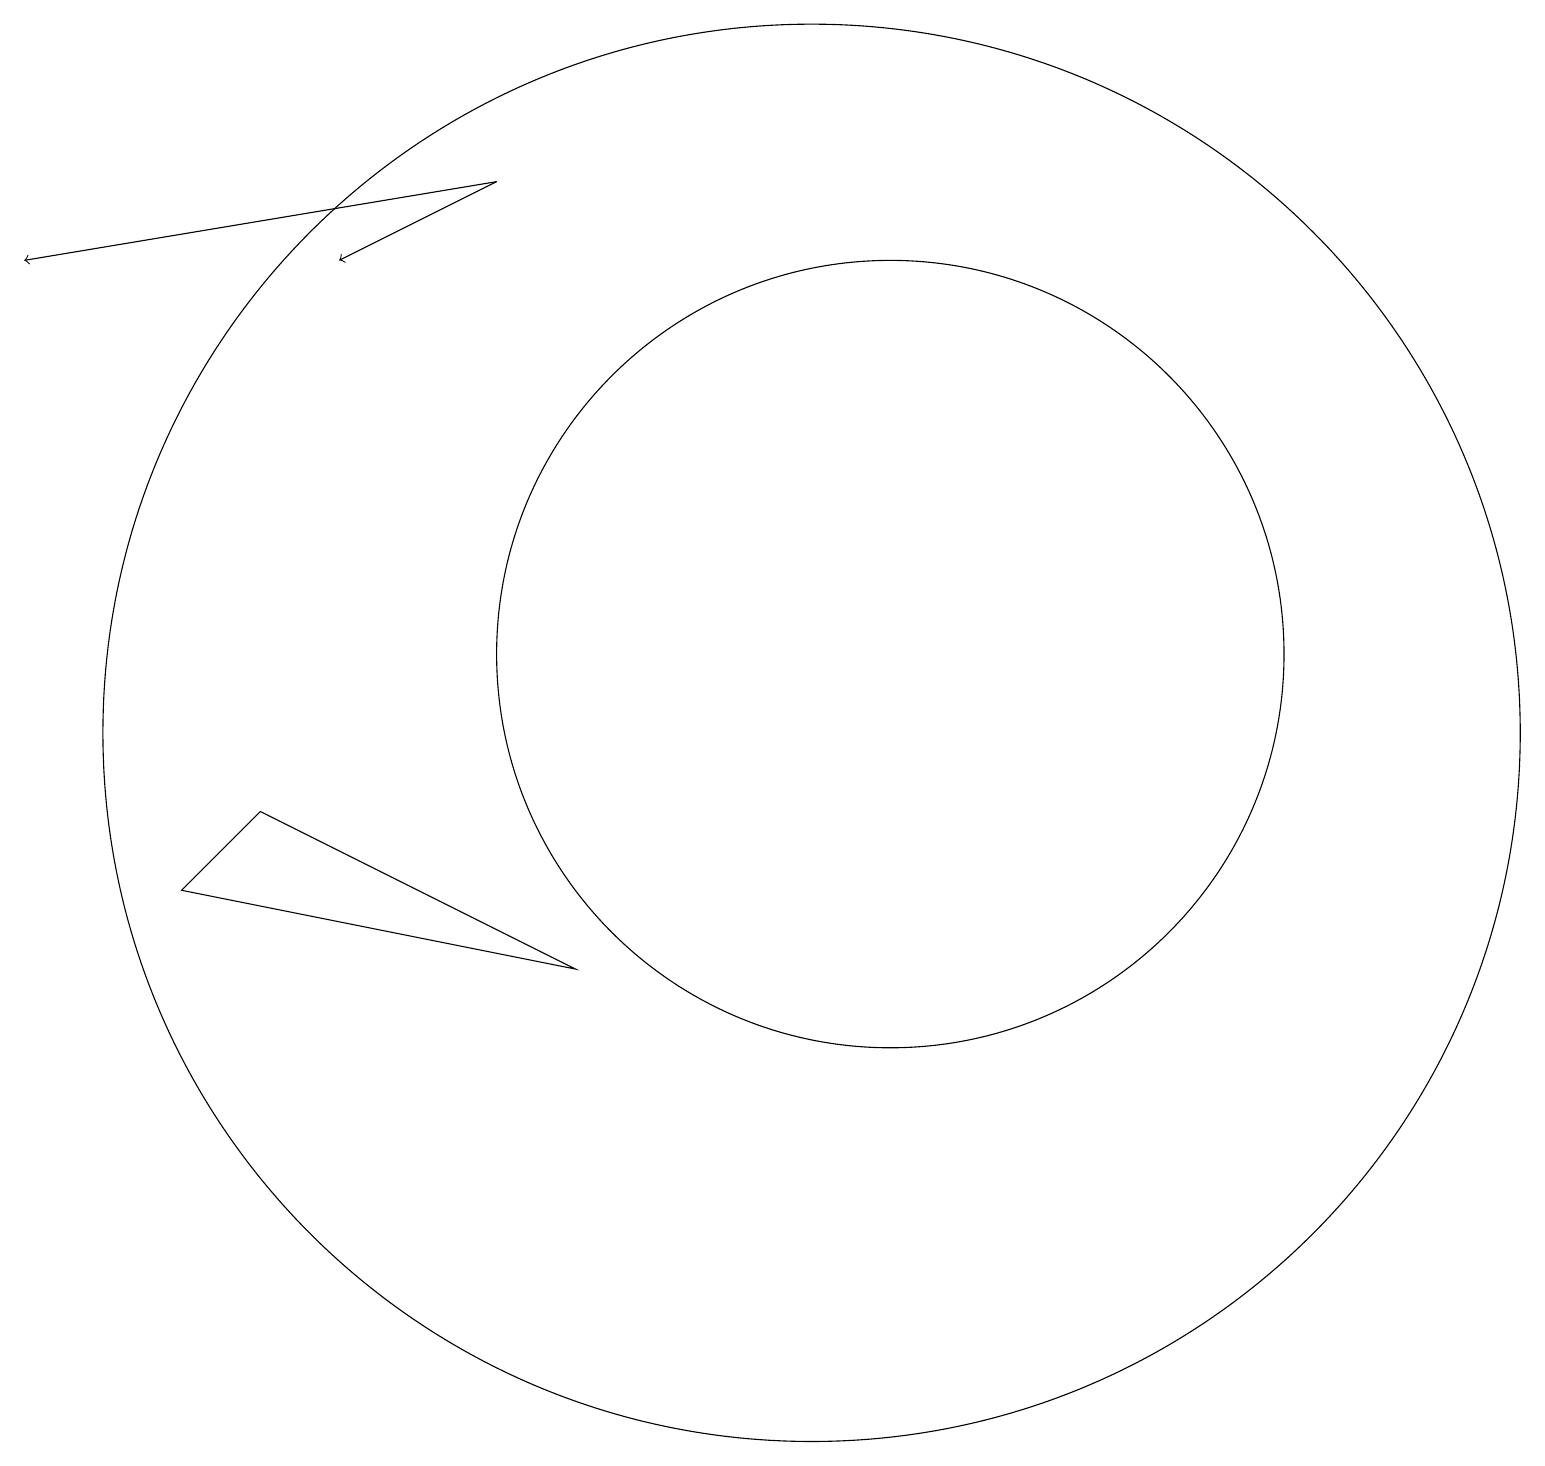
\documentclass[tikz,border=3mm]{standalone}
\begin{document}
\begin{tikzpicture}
\draw (10,10) circle (9);
\draw[->] (6,17) -- (4,16);
\draw[->] (6,17) -- (0,16);
\draw (11,11) circle (5);
\draw (7,7) -- (3,9) -- (2,8) -- cycle;
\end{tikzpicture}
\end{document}